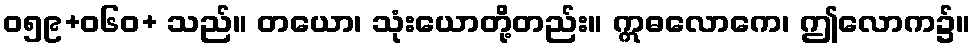
ဝ၅၉+၀၆ဝ+ သည်။ တယော၊ သုံးယောတို့တည်း။ ဣဓလောကေ၊ ဤလောက၌။